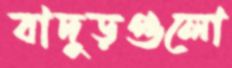
বাদুড়গুলো